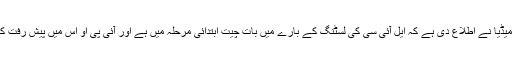
ملک کے اہم میڈیا نے اطلاع دی ہے کہ ایل آئی سی کی لسٹنگ کے بارے میں بات چیت ابتدائی مرحلہ میں ہے اور آئی پی او اس میں پیش رفت کرنا چاہتا ہے۔